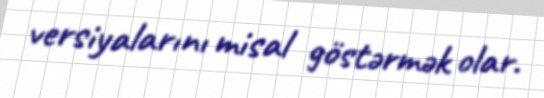
versiyalarını misal göstərmək olar.